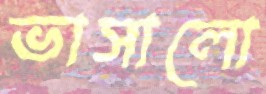
ভাসালো